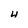
Character: 4